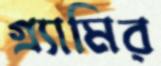
গ্র্যামির